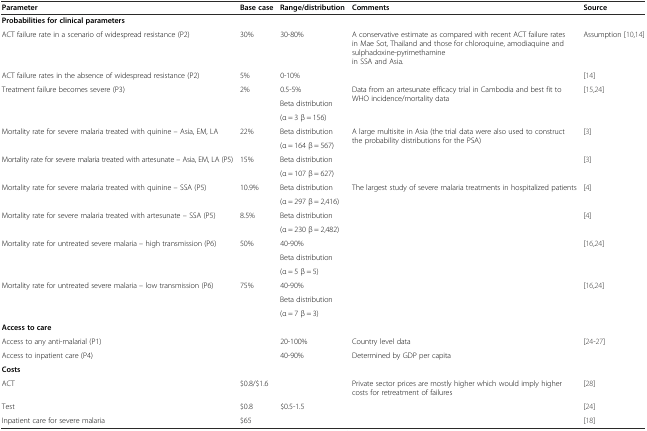
<table><thead><tr><td><b>Parameter</b></td><td><b>Base case</b></td><td><b>Range/distribution</b></td><td><b>Comments</b></td><td><b>Source</b></td></tr></thead><tbody><tr><td colspan="5"><b>Probabilities for clinical parameters</b></td></tr><tr><td>ACT failure rate in a scenario of widespread resistance (P2)</td><td>30%</td><td>30-80%</td><td>A conservative estimate as compared with recent ACT failure rates in Mae Sot, Thailand and those for chloroquine, amodiaquine and sulphadoxine-pyrimethamine in SSA and Asia.</td><td>Assumption[10, 14]</td></tr><tr><td>ACT failure rates in the absence of widespread resistance (P2)</td><td>5%</td><td>0-10%</td><td></td><td>[14]</td></tr><tr><td rowspan="3">Treatment failure becomes severe (P3)</td><td rowspan="3">2%</td><td>0.5-5%</td><td rowspan="3">Data from an artesunate efficacy trial in Cambodia and best fit to WHO incidence/mortality data</td><td rowspan="3">[15, 24]</td></tr><tr><td>Beta distribution</td></tr><tr><td>(α = 3 β = 156)</td></tr><tr><td rowspan="2">Mortality rate for severe malaria treated with quinine – Asia, EM, LA</td><td rowspan="2">22%</td><td>Beta distribution</td><td rowspan="2">A large multisite in Asia (the trial data were also used to construct the probability distributions for the PSA)</td><td rowspan="2">[3]</td></tr><tr><td>(α = 164 β = 567)</td></tr><tr><td rowspan="2">Mortality rate for severe malaria treated with artesunate – Asia, EM, LA (P5)</td><td rowspan="2">15%</td><td>Beta distribution</td><td rowspan="2"></td><td rowspan="2">[3]</td></tr><tr><td>(α = 107 β = 627)</td></tr><tr><td rowspan="2">Mortality rate for severe malaria treated with quinine – SSA (P5)</td><td rowspan="2">10.9%</td><td>Beta distribution</td><td rowspan="2">The largest study of severe malaria treatments in hospitalized patients</td><td rowspan="2">[4]</td></tr><tr><td>(α = 297 β = 2,416)</td></tr><tr><td rowspan="2">Mortality rate for severe malaria treated with artesunate – SSA (P5)</td><td rowspan="2">8.5%</td><td>Beta distribution</td><td rowspan="2"></td><td rowspan="2">[4]</td></tr><tr><td>(α = 230 β = 2,482)</td></tr><tr><td rowspan="3">Mortality rate for untreated severe malaria – high transmission (P6)</td><td rowspan="3">50%</td><td>40-90%</td><td rowspan="3"></td><td rowspan="3">[16, 24]</td></tr><tr><td>Beta distribution</td></tr><tr><td>(α = 5 β = 5)</td></tr><tr><td rowspan="3">Mortality rate for untreated severe malaria – low transmission (P6)</td><td rowspan="3">75%</td><td>40-90%</td><td rowspan="3"></td><td rowspan="3">[16, 24]</td></tr><tr><td>Beta distribution</td></tr><tr><td>(α = 7 β = 3)</td></tr><tr><td colspan="5"><b>Access to care</b></td></tr><tr><td>Access to any anti-malarial (P1)</td><td></td><td>20-100%</td><td>Country level data</td><td>[24–27]</td></tr><tr><td>Access to inpatient care (P4)</td><td></td><td>40-90%</td><td>Determined by GDP per capita</td><td></td></tr><tr><td colspan="5"><b>Costs</b></td></tr><tr><td>ACT</td><td>$0.8/$1.6</td><td></td><td>Private sector prices are mostly higher which would imply higher costs for retreatment of failures</td><td>[28]</td></tr><tr><td>Test</td><td>$0.8</td><td>$0.5-1.5</td><td></td><td>[24]</td></tr><tr><td>Inpatient care for severe malaria</td><td>$65</td><td></td><td></td><td>[18]</td></tr></tbody></table>